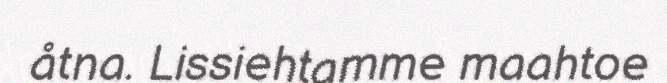
åtna. Lissiehtamme maahtoe